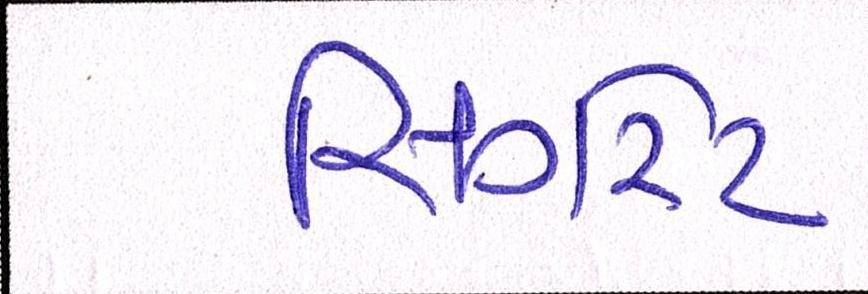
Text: સિગરેટ